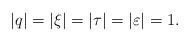
LaTeX: \begin{align*}|q|=|\xi|=|\tau|=|\varepsilon|=1.\end{align*}